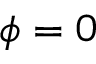
\phi = 0